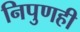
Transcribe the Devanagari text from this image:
निपुणही